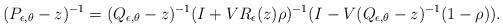
LaTeX: \begin{align*}(P_{\epsilon, \theta} - z )^{-1} = ( Q_{ \epsilon, \theta } - z )^{-1} ( I + V R_{\epsilon } ( z ) \rho )^{-1} ( I - V ( Q_{\epsilon , \theta } - z)^{-1} ( 1- \rho ) ) .\end{align*}